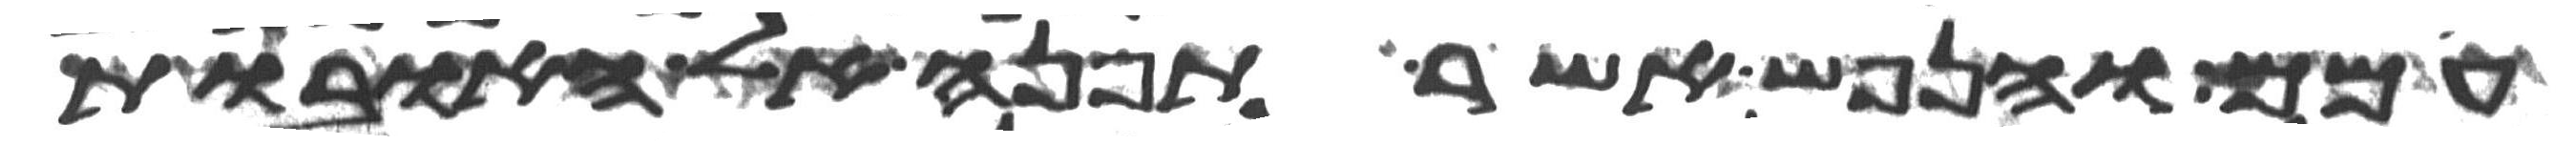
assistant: עמם והנפש אשר תפנה אל האובות